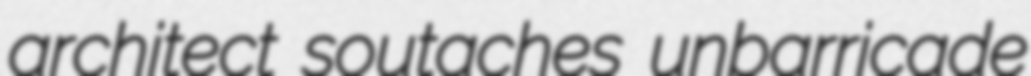
architect soutaches unbarricade